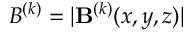
B ^ { ( k ) } = | \mathbf { B } ^ { ( k ) } ( x , y , z ) |